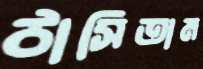
ঠাসিতাম